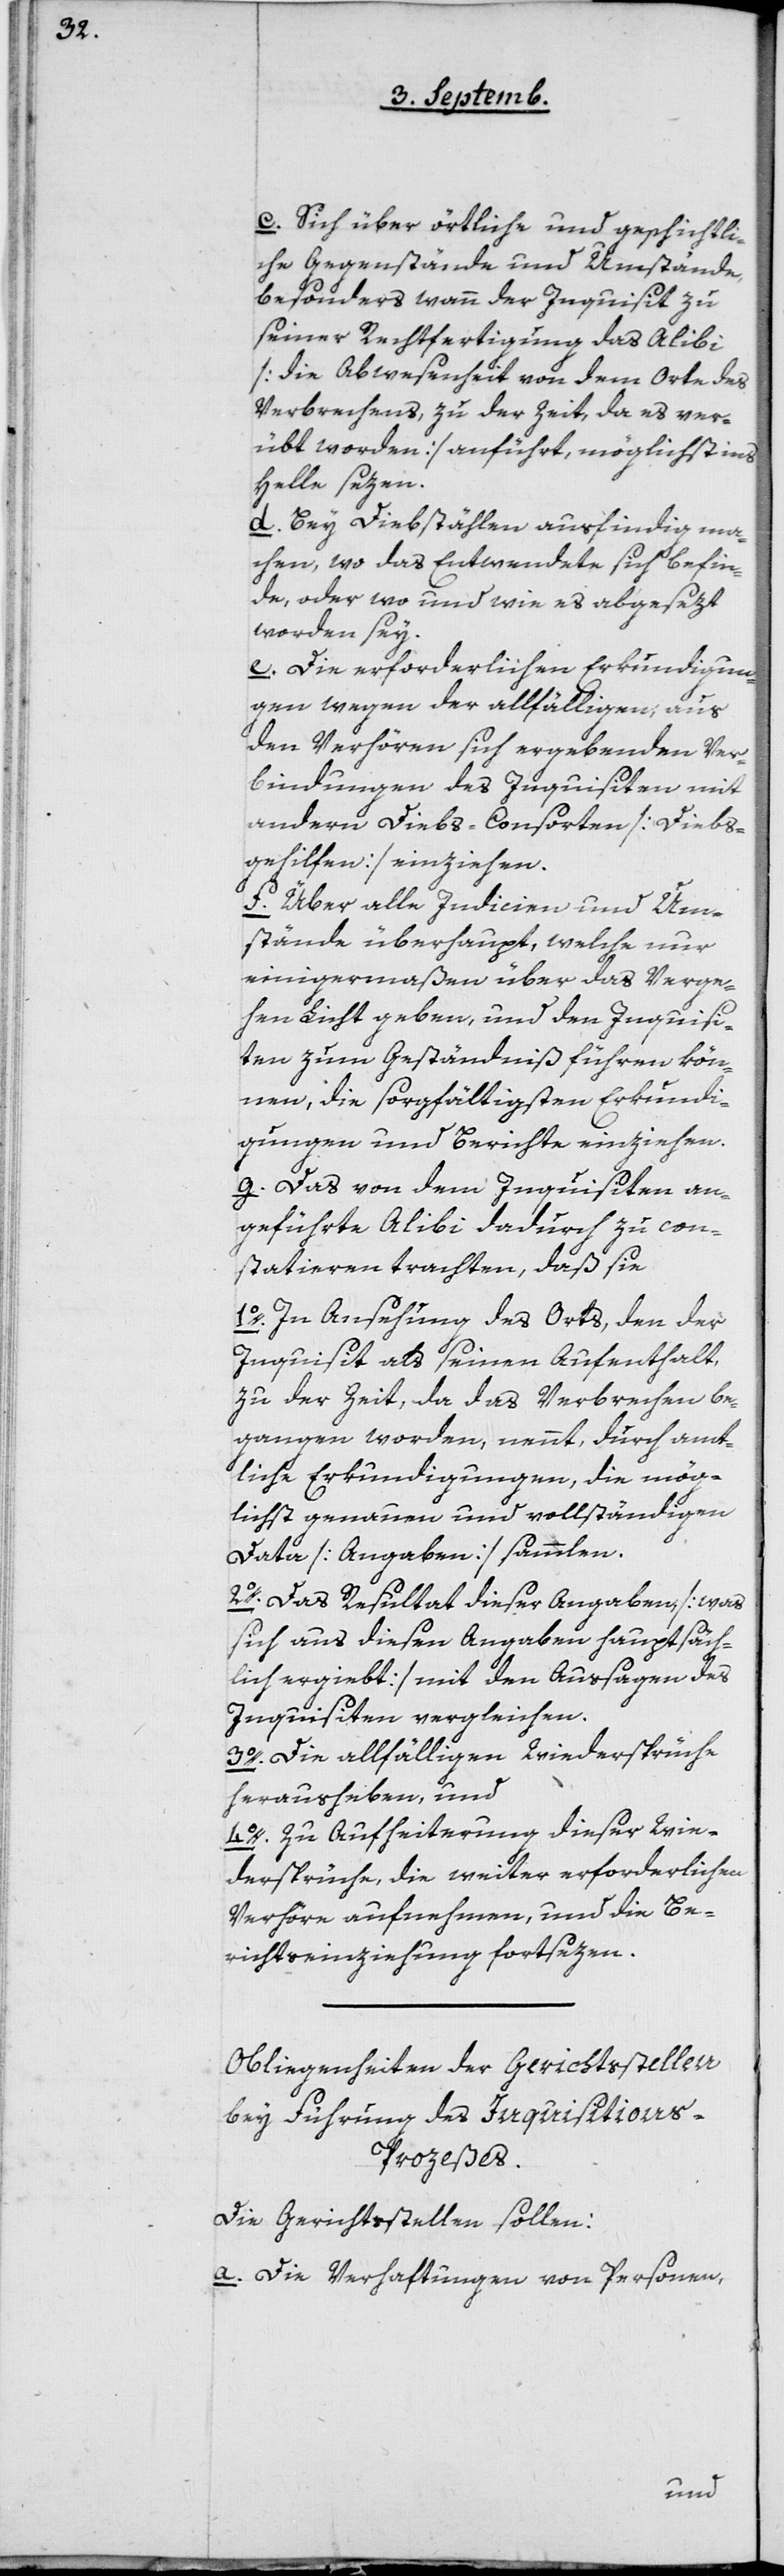
c. Sich über örtliche und geschichtli¬
che Gegenstände und Umstände,
besonders wann der Inquisit zu
seiner Rechtfertigung das Alibi
[die Abwesenheit von dem Orte des
Verbrechens, zu der Zeit, da es ver¬
übt worden] anführt, möglichst ins
Helle sezen.
d. Bei Diebstählen ausfindig ma¬
chen, wo das Entwendete sich befin¬
de, oder wo und wie es abgesezt
worden sey.
e. Die erforderlichen Erkundigun¬
gen wegen der allfälligen, aus
den Verhören sich ergebenden Ver¬
bindungen des Inquisiten mit
andern Diebs-Consorten [Diebs-G¬
ehilfen]) einziehen.
f. Über alle Indicien und Um¬
stände überhaupt, welche nur
einigermaßen über das Verge¬
hen Licht geben, und den Inquisi¬
ten zum Geständniß führen kön¬
nen, die sorgfältigsten Erkundi¬
gungen und Berichte einziehen.
g. Das von dem Inquisiten an¬
geführte Alibi dadurch zu con¬
statieren trachten, daß sie
1o In Ansehung des Orts, den der
Inquisit als seinen Aufenthalt,
zu der Zeit, da das Verbrechen be¬
gangen worden, nennt, durch amt¬
liche Erkundigungen, die mög¬
lichst genauen und vollständigen
Data [Angaben] sammlen.
2o Das Resultat dieser Angaben [was
sich aus diesen Angaben hauptsäch¬
lich ergiebt]) mit den Aussagen des
Inquisiten vergleichen.
3o Die allfälligen Wiedersprüche
herausheben und
4o Zu Aufheiterung dieser Wi¬
dersprüche die weiter erforderlichen
Verhöre aufnehmen, und die Be¬
richtseinziehung fortsezen.
Obliegenheiten der Gerichtsstellen
bei Sichrung des Inquisition¬
s-Prozeßes.
Die Gerichtsstellen sollen:
a. Die Verhaftungen von Personen,